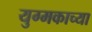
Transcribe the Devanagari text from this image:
युग्मकाच्या